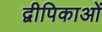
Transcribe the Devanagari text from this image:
द्वीपिकाओं